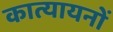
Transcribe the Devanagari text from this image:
कात्यायनों